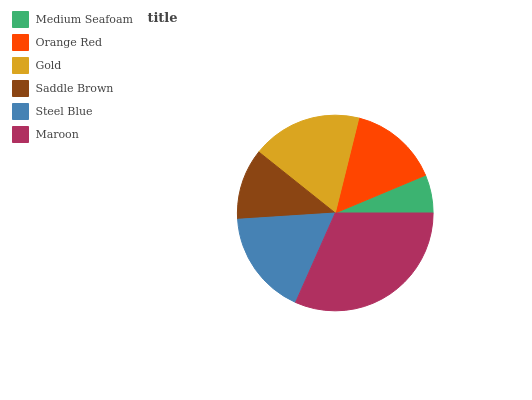
| Medium Seafoam | Orange Red | Gold | Saddle Brown | Steel Blue | Maroon |
 | --- | --- | --- | --- | --- | --- |
 | 6.32% | 14.8% | 18.1% | 11.7% | 17.3% | 31.7% |